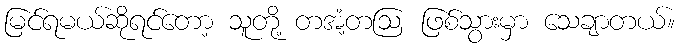
မြင်ရမယ်ဆိုရင်တော့ သူတို့ တအံ့တဩ ဖြစ်သွားမှာ သေချာတယ်။